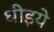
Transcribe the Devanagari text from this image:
धीइये